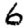
Digit: 6